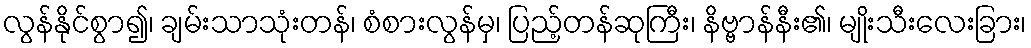
လွန်နိုင်စွာ၍၊ ချမ်းသာသုံးတန်၊ စံစားလွန်မှ၊ ပြည့်တန်ဆုကြီး၊ နိဗ္ဗာန်နီး၏၊ မျိုးသီးလေးခြား၊